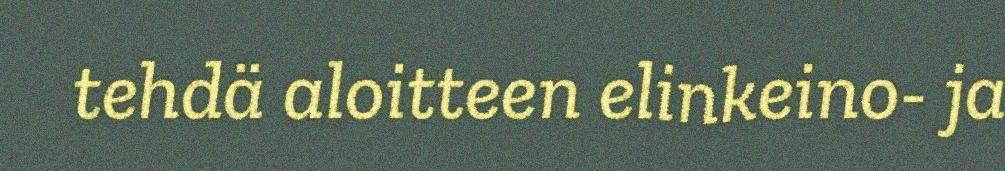
tehdä aloitteen elinkeino- ja